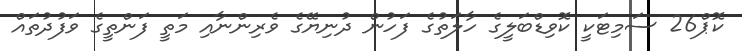
ކޮޕް26 ސަމިޓަކީ ކޮވިޑްބަލީގެ ހާލަތުގެ ފަހުން ދުނިޔޭގެ ވެރިންނާއި މަތީ ފަންތީގެ ވަފުދުތައް